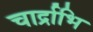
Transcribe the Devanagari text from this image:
चार्द्राभि